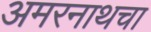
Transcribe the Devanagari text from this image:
अमरनाथचा